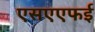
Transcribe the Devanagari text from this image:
एसएएफई